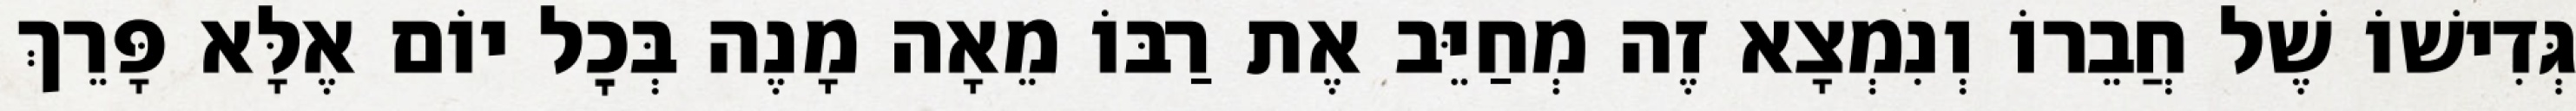
גְּדִישׁוֹ שֶׁל חֲבֵרוֹ וְנִמְצָא זֶה מְחַיֵּב אֶת רַבּוֹ מֵאָה מָנֶה בְּכׇל יוֹם אֶלָּא פָּרֵךְ